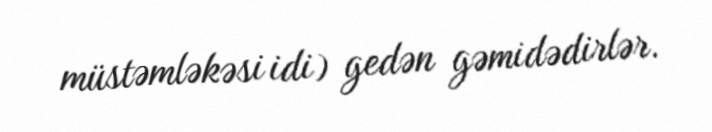
müstəmləkəsi idi) gedən gəmidədirlər.